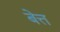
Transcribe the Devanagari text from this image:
बेत्त